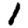
Digit: 1